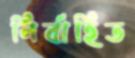
নির্বাহিত